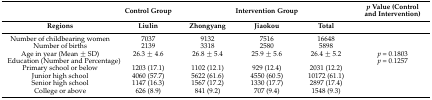
<table><thead><tr><td></td><td><b>Control Group</b></td><td colspan="3"><b>Intervention Group</b></td><td><b><i>p</i> Value (Control and Intervention)</b></td></tr><tr><td><b>Regions</b></td><td><b>Liulin</b></td><td><b>Zhongyang</b></td><td><b>Jiaokou</b></td><td><b>Total</b></td><td></td></tr></thead><tbody><tr><td>Number of childbearing women</td><td>7037</td><td>9132</td><td>7516</td><td>16648</td><td></td></tr><tr><td>Number of births</td><td>2139</td><td>3318</td><td>2580</td><td>5898</td><td></td></tr><tr><td>Age in year (Mean ± SD)</td><td>26.3 ± 4.6</td><td>26.8 ± 5.4</td><td>25.9 ± 5.6</td><td>26.4 ± 5.2</td><td><i>p</i> = 0.1803</td></tr><tr><td colspan="2">Education (Number and Percentage)</td><td></td><td></td><td></td><td><i>p</i> = 0.1257</td></tr><tr><td>Primary school or below</td><td>1203 (17.1)</td><td>1102 (12.1)</td><td>929 (12.4)</td><td>2031 (12.2)</td><td></td></tr><tr><td>Junior high school</td><td>4060 (57.7)</td><td>5622 (61.6)</td><td>4550 (60.5)</td><td>10172 (61.1)</td><td></td></tr><tr><td>Senior high school</td><td>1147 (16.3)</td><td>1567 (17.2)</td><td>1330 (17.7)</td><td>2897 (17.4)</td><td></td></tr><tr><td>College or above</td><td>626 (8.9)</td><td>841 (9.2)</td><td>707 (9.4)</td><td>1548 (9.3)</td><td></td></tr></tbody></table>